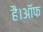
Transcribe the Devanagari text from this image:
है।ऑफ